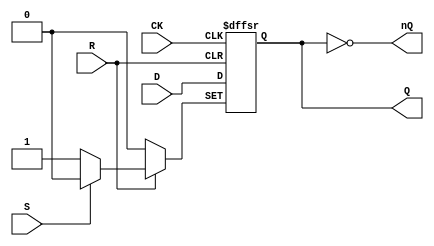
// NeoGeo logic definition
// Copyright (C) 2018 Sean Gonsalves
//
// This program is free software: you can redistribute it and/or modify
// it under the terms of the GNU General Public License as published by
// the Free Software Foundation, either version 3 of the License, or
// (at your option) any later version.
//
// This program is distributed in the hope that it will be useful,
// but WITHOUT ANY WARRANTY; without even the implied warranty of
// MERCHANTABILITY or FITNESS FOR A PARTICULAR PURPOSE.  See the
// GNU General Public License for more details.
//
// You should have received a copy of the GNU General Public License
// along with this program.  If not, see <https://www.gnu.org/licenses/>.

module FDPCell(
	input CK,
	input D,
	input S, R,
	output reg Q = 1'b0,
	output nQ
);

	always @(posedge CK, negedge S, negedge R)
	begin
		if (!S)
			Q <= 1'b1;
		else if (!R)
			Q <= 1'b0;
		else
			Q <= #1 D;
	end
	
	assign nQ = ~Q;

endmodule